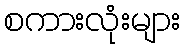
စကားလုံးများ